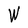
Character: W